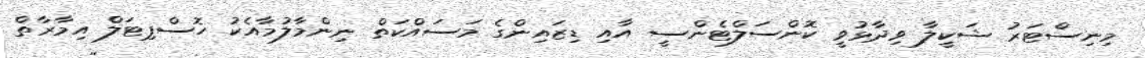
މިނިސްޓަރު ޝަކީލާ ވިދާޅުވީ ކޮންސަލްޓެންސީ އާއި ޑިޒައިންގެ މަސައްކަތް ނިންމާލުމާއެކު ހޮސްޕިޓަލް އިމާރާތް